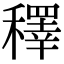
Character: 䆁